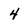
Character: 4